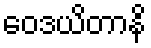
ဝေဒယိတာနိ